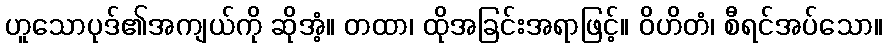
ဟူသောပုဒ်၏အကျယ်ကို ဆိုအံ့။ တထာ၊ ထိုအခြင်းအရာဖြင့်။ ဝိဟိတံ၊ စီရင်အပ်သော။